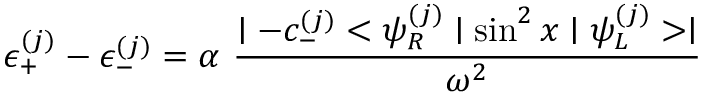
\epsilon _ { + } ^ { ( j ) } - \epsilon _ { - } ^ { ( j ) } = \alpha \ \frac { \mid - c _ { - } ^ { ( j ) } < \psi _ { R } ^ { ( j ) } \mid \sin ^ { 2 } x \mid \psi _ { L } ^ { ( j ) } > \mid } { \omega ^ { 2 } }